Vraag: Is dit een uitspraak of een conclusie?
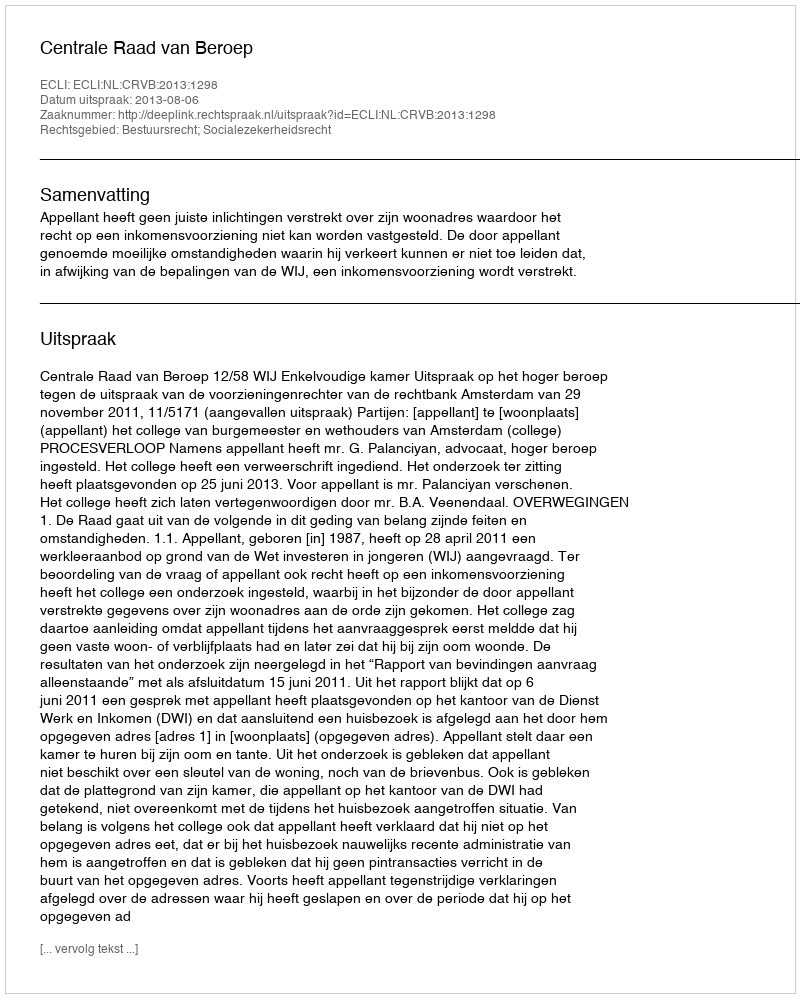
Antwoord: Uitspraak